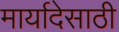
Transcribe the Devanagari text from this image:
मार्यादेसाठी